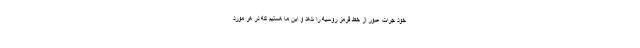
خود جرات عبور از خط قرمز روسیه را ندهد و این ما هستیم که در هر مورد